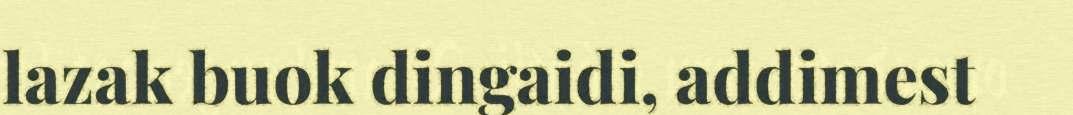
lazak buok dingaidi, addimest